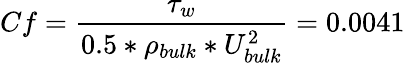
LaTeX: Cf=\frac{\tau_{w}}{0.5*\rho_{bulk}*U_{bulk}^{2}}=0.0041